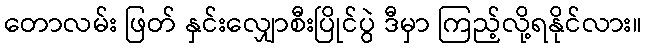
တောလမ်း ဖြတ် နှင်းလျှောစီးပြိုင်ပွဲ ဒီမှာ ကြည့်လို့ရနိုင်လား။